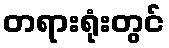
တရားရုံးတွင်